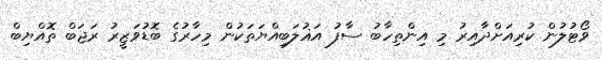
ވޯޓުލުން ކުރިއަށްދާއިރު މި އިންތިހާބު ސާފު އަޣުލަބިއްޔަތަކުން މިހާރުގެ ބޮޑުވަޒީރު ރަޖަބް ތޮއްޔިބް